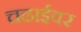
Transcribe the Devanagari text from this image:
चढाईवर